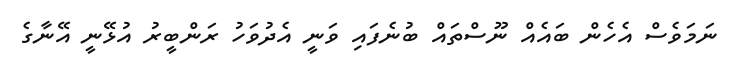
ނަމަވެސް އެހެން ބައެއް ނޫސްތައް ބުނެފައި ވަނީ އެދުވަހު ރަންބީރު އުޅޭނީ އޭނާގެ